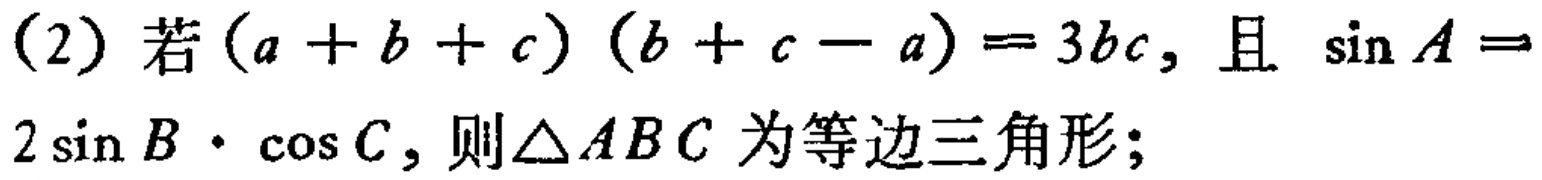
(2) 若\((a + b + c)(b + c - a)=3bc\)，且\(\sin A = 2\sin B\cdot\cos C\)，则\(\triangle ABC\)为等边三角形；